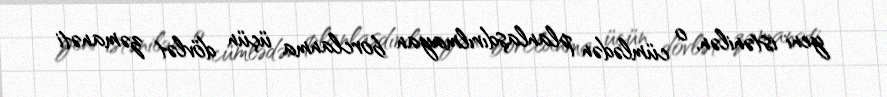
yeni istənilən, o cümlədən planlaşdırılmayan borclanma üçün dövlət zəmanəti